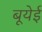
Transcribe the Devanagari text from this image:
बूयेई